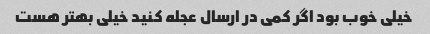
خیلی خوب بود اگر کمی در ارسال عجله کنید خیلی بهتر هست